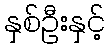
နှစ်ဦးနှင့်